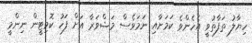
ހިޔާލު ތަފާތުވީ އެހެންވެ ކަމަށާއި ނަމަވެސް މަޝްވަރާ އަށް ފަހު ކޮމިޓީން ނިންމީ